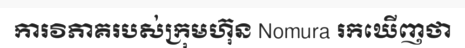
ការវិភាគរបស់ក្រុមហ៊ុន Nomura រកឃើញថា